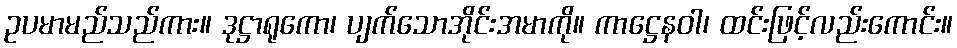
ဥပမာမည်သည်ကား။ ဒုဋ္ဌာရုကော၊ ပျက်သောအိုင်းအမာကို။ ကာဋ္ဌေနဝါ၊ ထင်းဖြင့်လည်းကောင်း။